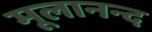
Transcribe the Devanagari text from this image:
मूलानन्द